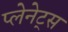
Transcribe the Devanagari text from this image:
प्लेनेट्स